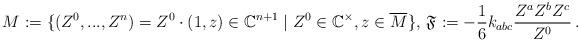
LaTeX: \begin{align*} M^{}:=\{(Z^0,...,Z^n)=Z^0\cdot(1,z) \in \mathbb{C}^{n+1}\; | \; Z^0\in \mathbb{C}^{\times}, z\in \overline{M}^{}\},\, \mathfrak{F}^{}:=-\frac{1}{6}k_{abc}\frac{Z^aZ^bZ^c}{Z^0}\,.\end{align*}